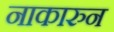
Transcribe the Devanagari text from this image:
नाकारुन